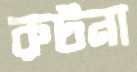
রুটনা